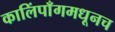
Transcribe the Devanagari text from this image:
कालिंपाँगमधूनच